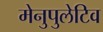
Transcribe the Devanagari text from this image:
मेनुपुलेटिव